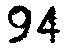
94